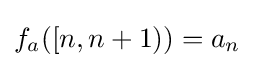
f_{a}([n,n+1))=a_{n}